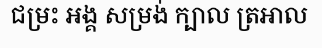
ជម្រះ អង្គ សម្រង់ ក្បាល ត្រអាល